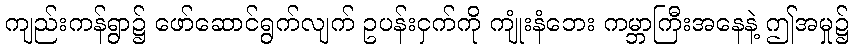
ကျည်းကန်ရွာ၌ ဖော်ဆောင်ရွက်လျက် ဥပန်းငှက်ကို ကျုံးနံဘေး ကမ္ဘာကြီးအနေနဲ့ ဤအမှု၌